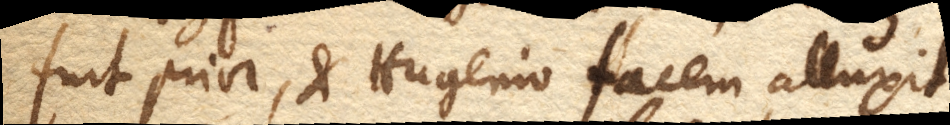
fuit prior, et Hugenio facem alluxit.